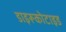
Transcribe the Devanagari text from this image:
डाइरूकोटाइड